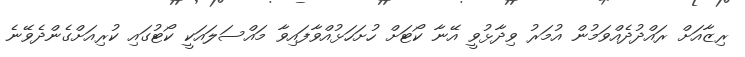
ރިޒާއަށް ރައްދުދެއްވަމުން އުމަރު ވިދާޅުވީ އޭނާ ކޯޓަށް ހުށަހަޅުއްވާފައިވާ މައްސަލައަކީ ކޯޓުގައި ކުރިއަށްގެންދެވޭނެ